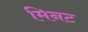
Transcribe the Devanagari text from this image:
मिनट